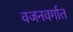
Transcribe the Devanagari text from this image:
वजनवर्गात